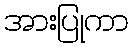
အားပြုကာ